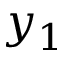
y _ { 1 }